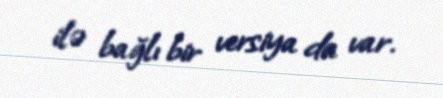
ilə bağlı bir versiya da var.